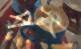
পপ